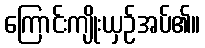
ကြောင်းကျိုးယှဉ်အပ်၏။